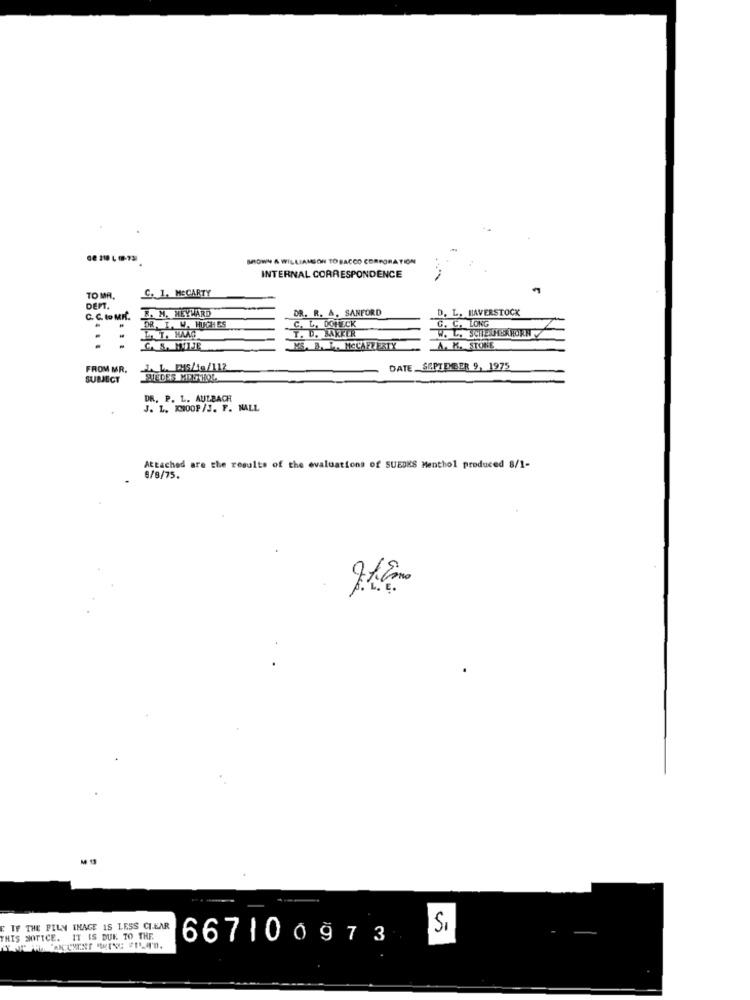
MIOWN & WILLIAMSON TOBACCO CORPORATION
INTERNAL CORRESPONDENCE
C. 1. MCCARTY
TO MA.
DEPT.
R. M. HEYWARD
DR. R. A. SANFORD
D. L. HAVERSTOCK
C. C. to MIf.
DR. I. W. HUGHES
C. C. LONG
C. L. DOHECK
.
T. U. BAKKER
CAS. MOJE
MS. B. L. MECAFTERTY
A. K. STONE
FROM MR.
._ L. D.s/te/112
DATE SEPTEMBER 9, 1975
SUBJECT
SIEDES MENTHOL
DR. P. L. AULBACH
J. L. KOOP /J. F. NALL
Attached are the results of the evaluations of SUEDKS Menthol produced 8/1-
6/8/75.
E IF THE PILY INAGE IS LESS CLEAR
THIS NOTICE. IT IS DUE TO THE.
667100 973
Si